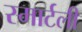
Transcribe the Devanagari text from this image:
स्मार्टली